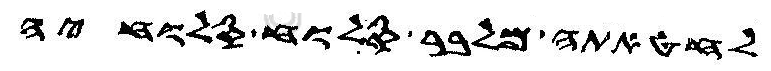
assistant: לחטאתה מלבר סלוח סלוחיה